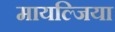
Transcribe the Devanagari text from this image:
मायल्जिया